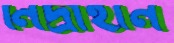
নিদ্রাহীন